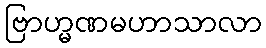
ဗြာဟ္မဏမဟာသာလာ